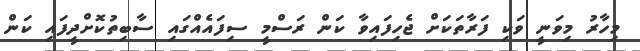
މިހާރު މިވަނީ ވަކި ފަރާތަކަށް ޖެހިފައިވާ ކަން ރަސްމީ ސިފައެއްގައި ސާބިތުކޮށްދީފައި ކަން